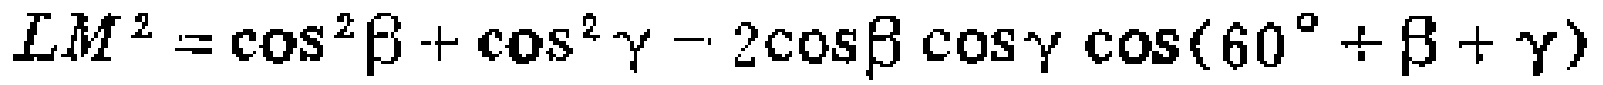
\[LM^{2}=\cos^{2}\beta+\cos^{2}\gamma - 2\cos\beta\cos\gamma\cos(60^{\circ}+\beta+\gamma)\]